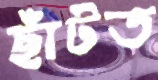
ছাঁটত